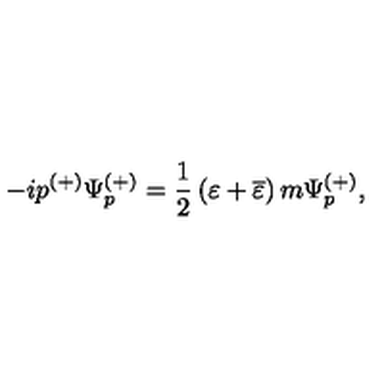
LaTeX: - i p ^ { ( + ) } \Psi _ { p } ^ { ( + ) } = \frac 1 2 \left( \varepsilon + \overline { { \varepsilon } } \right) m \Psi _ { p } ^ { ( + ) } ,